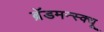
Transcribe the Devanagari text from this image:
ब्रॅडमन्स्क्यू